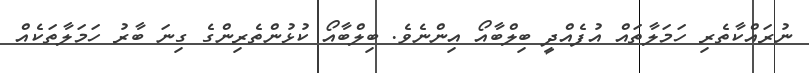
ނުރައްކާތެރި ހަމަލާތައް އުފެއްދީ ބިލްބާއޯ އިންނެވެ. ބިލްބާއޯ ކުޅުންތެރިންގެ ގިނަ ބާރު ހަމަލާތަކެއް